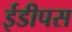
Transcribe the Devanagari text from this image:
ईडीपस